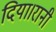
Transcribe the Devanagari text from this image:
दिया।रानी